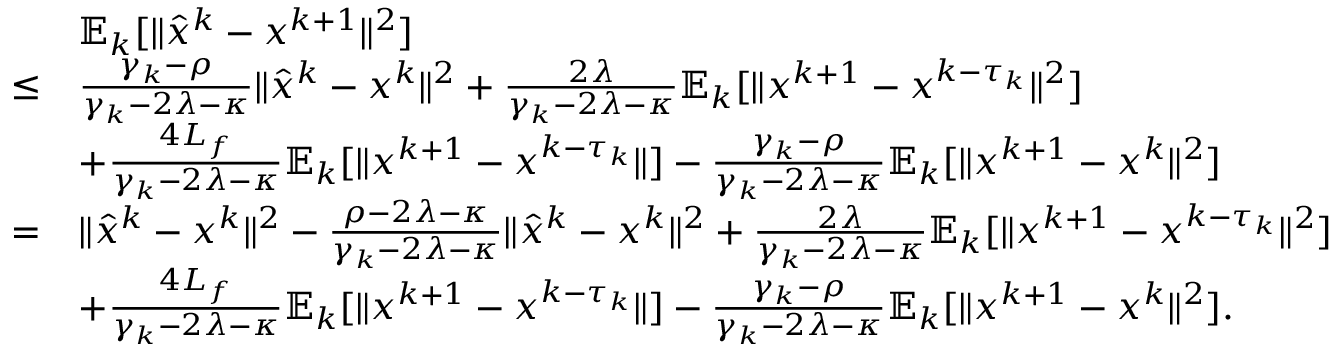
\begin{array} { r l } & { \mathbb { E } _ { k } [ \| \hat { x } ^ { k } - x ^ { k + 1 } \| ^ { 2 } ] } \\ { \leq } & { \frac { \gamma _ { k } - \rho } { \gamma _ { k } - 2 \lambda - \kappa } \| \hat { x } ^ { k } - x ^ { k } \| ^ { 2 } + \frac { 2 \lambda } { \gamma _ { k } - 2 \lambda - \kappa } \mathbb { E } _ { k } [ \| x ^ { k + 1 } - x ^ { k - \tau _ { k } } \| ^ { 2 } ] } \\ & { + \frac { 4 L _ { f } } { \gamma _ { k } - 2 \lambda - \kappa } \mathbb { E } _ { k } [ \| x ^ { k + 1 } - x ^ { k - \tau _ { k } } \| ] - \frac { \gamma _ { k } - \rho } { \gamma _ { k } - 2 \lambda - \kappa } \mathbb { E } _ { k } [ \| x ^ { k + 1 } - x ^ { k } \| ^ { 2 } ] } \\ { = } & { \| \hat { x } ^ { k } - x ^ { k } \| ^ { 2 } - \frac { \rho - 2 \lambda - \kappa } { \gamma _ { k } - 2 \lambda - \kappa } \| \hat { x } ^ { k } - x ^ { k } \| ^ { 2 } + \frac { 2 \lambda } { \gamma _ { k } - 2 \lambda - \kappa } \mathbb { E } _ { k } [ \| x ^ { k + 1 } - x ^ { k - \tau _ { k } } \| ^ { 2 } ] } \\ & { + \frac { 4 L _ { f } } { \gamma _ { k } - 2 \lambda - \kappa } \mathbb { E } _ { k } [ \| x ^ { k + 1 } - x ^ { k - \tau _ { k } } \| ] - \frac { \gamma _ { k } - \rho } { \gamma _ { k } - 2 \lambda - \kappa } \mathbb { E } _ { k } [ \| x ^ { k + 1 } - x ^ { k } \| ^ { 2 } ] . } \end{array}